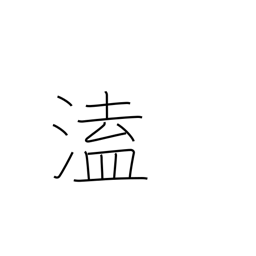
Meaning: unexpected